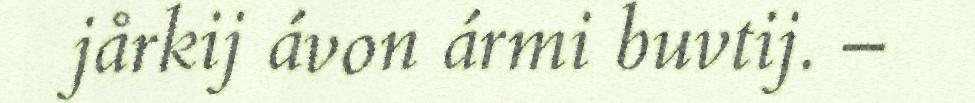
jårkij ávon ármi buvtij. –